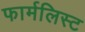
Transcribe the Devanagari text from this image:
फार्मलिस्ट